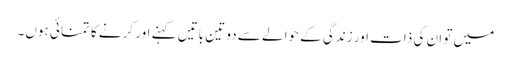
میں تو ان کی ذات اور زندگی کے حوالے سے دو تین باتیں کہنے اور کرنے کا تمنائی ہوں۔